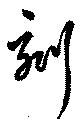
刻